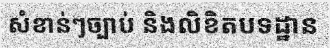
សំខាន់ៗច្បាប់ និងលិខិតបទដ្ឋាន